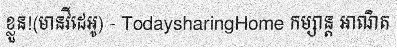
ខ្លួន!(មានវីដេអូ) - TodaysharingHome កម្សាន្ត អាណិត